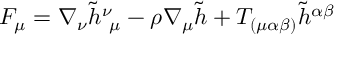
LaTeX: F _ { \mu } = \nabla _ { \nu } \tilde { h } _ { ~ \mu } ^ { \nu } - \rho \nabla _ { \mu } \tilde { h } + T _ { ( \mu \alpha \beta ) } \tilde { h } ^ { \alpha \beta }